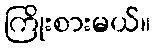
ကြိုးစားမယ်။